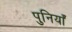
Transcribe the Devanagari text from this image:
पुनियाँ